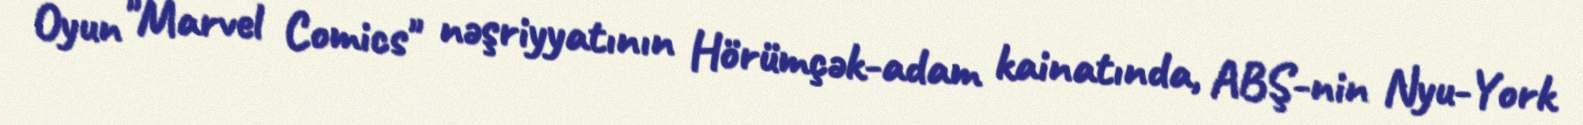
Oyun "Marvel Comics" nəşriyyatının Hörümçək-adam kainatında, ABŞ-nin Nyu-York